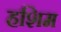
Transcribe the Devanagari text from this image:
हशिम